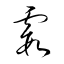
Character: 霞